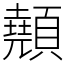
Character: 顤